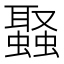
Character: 𮕉